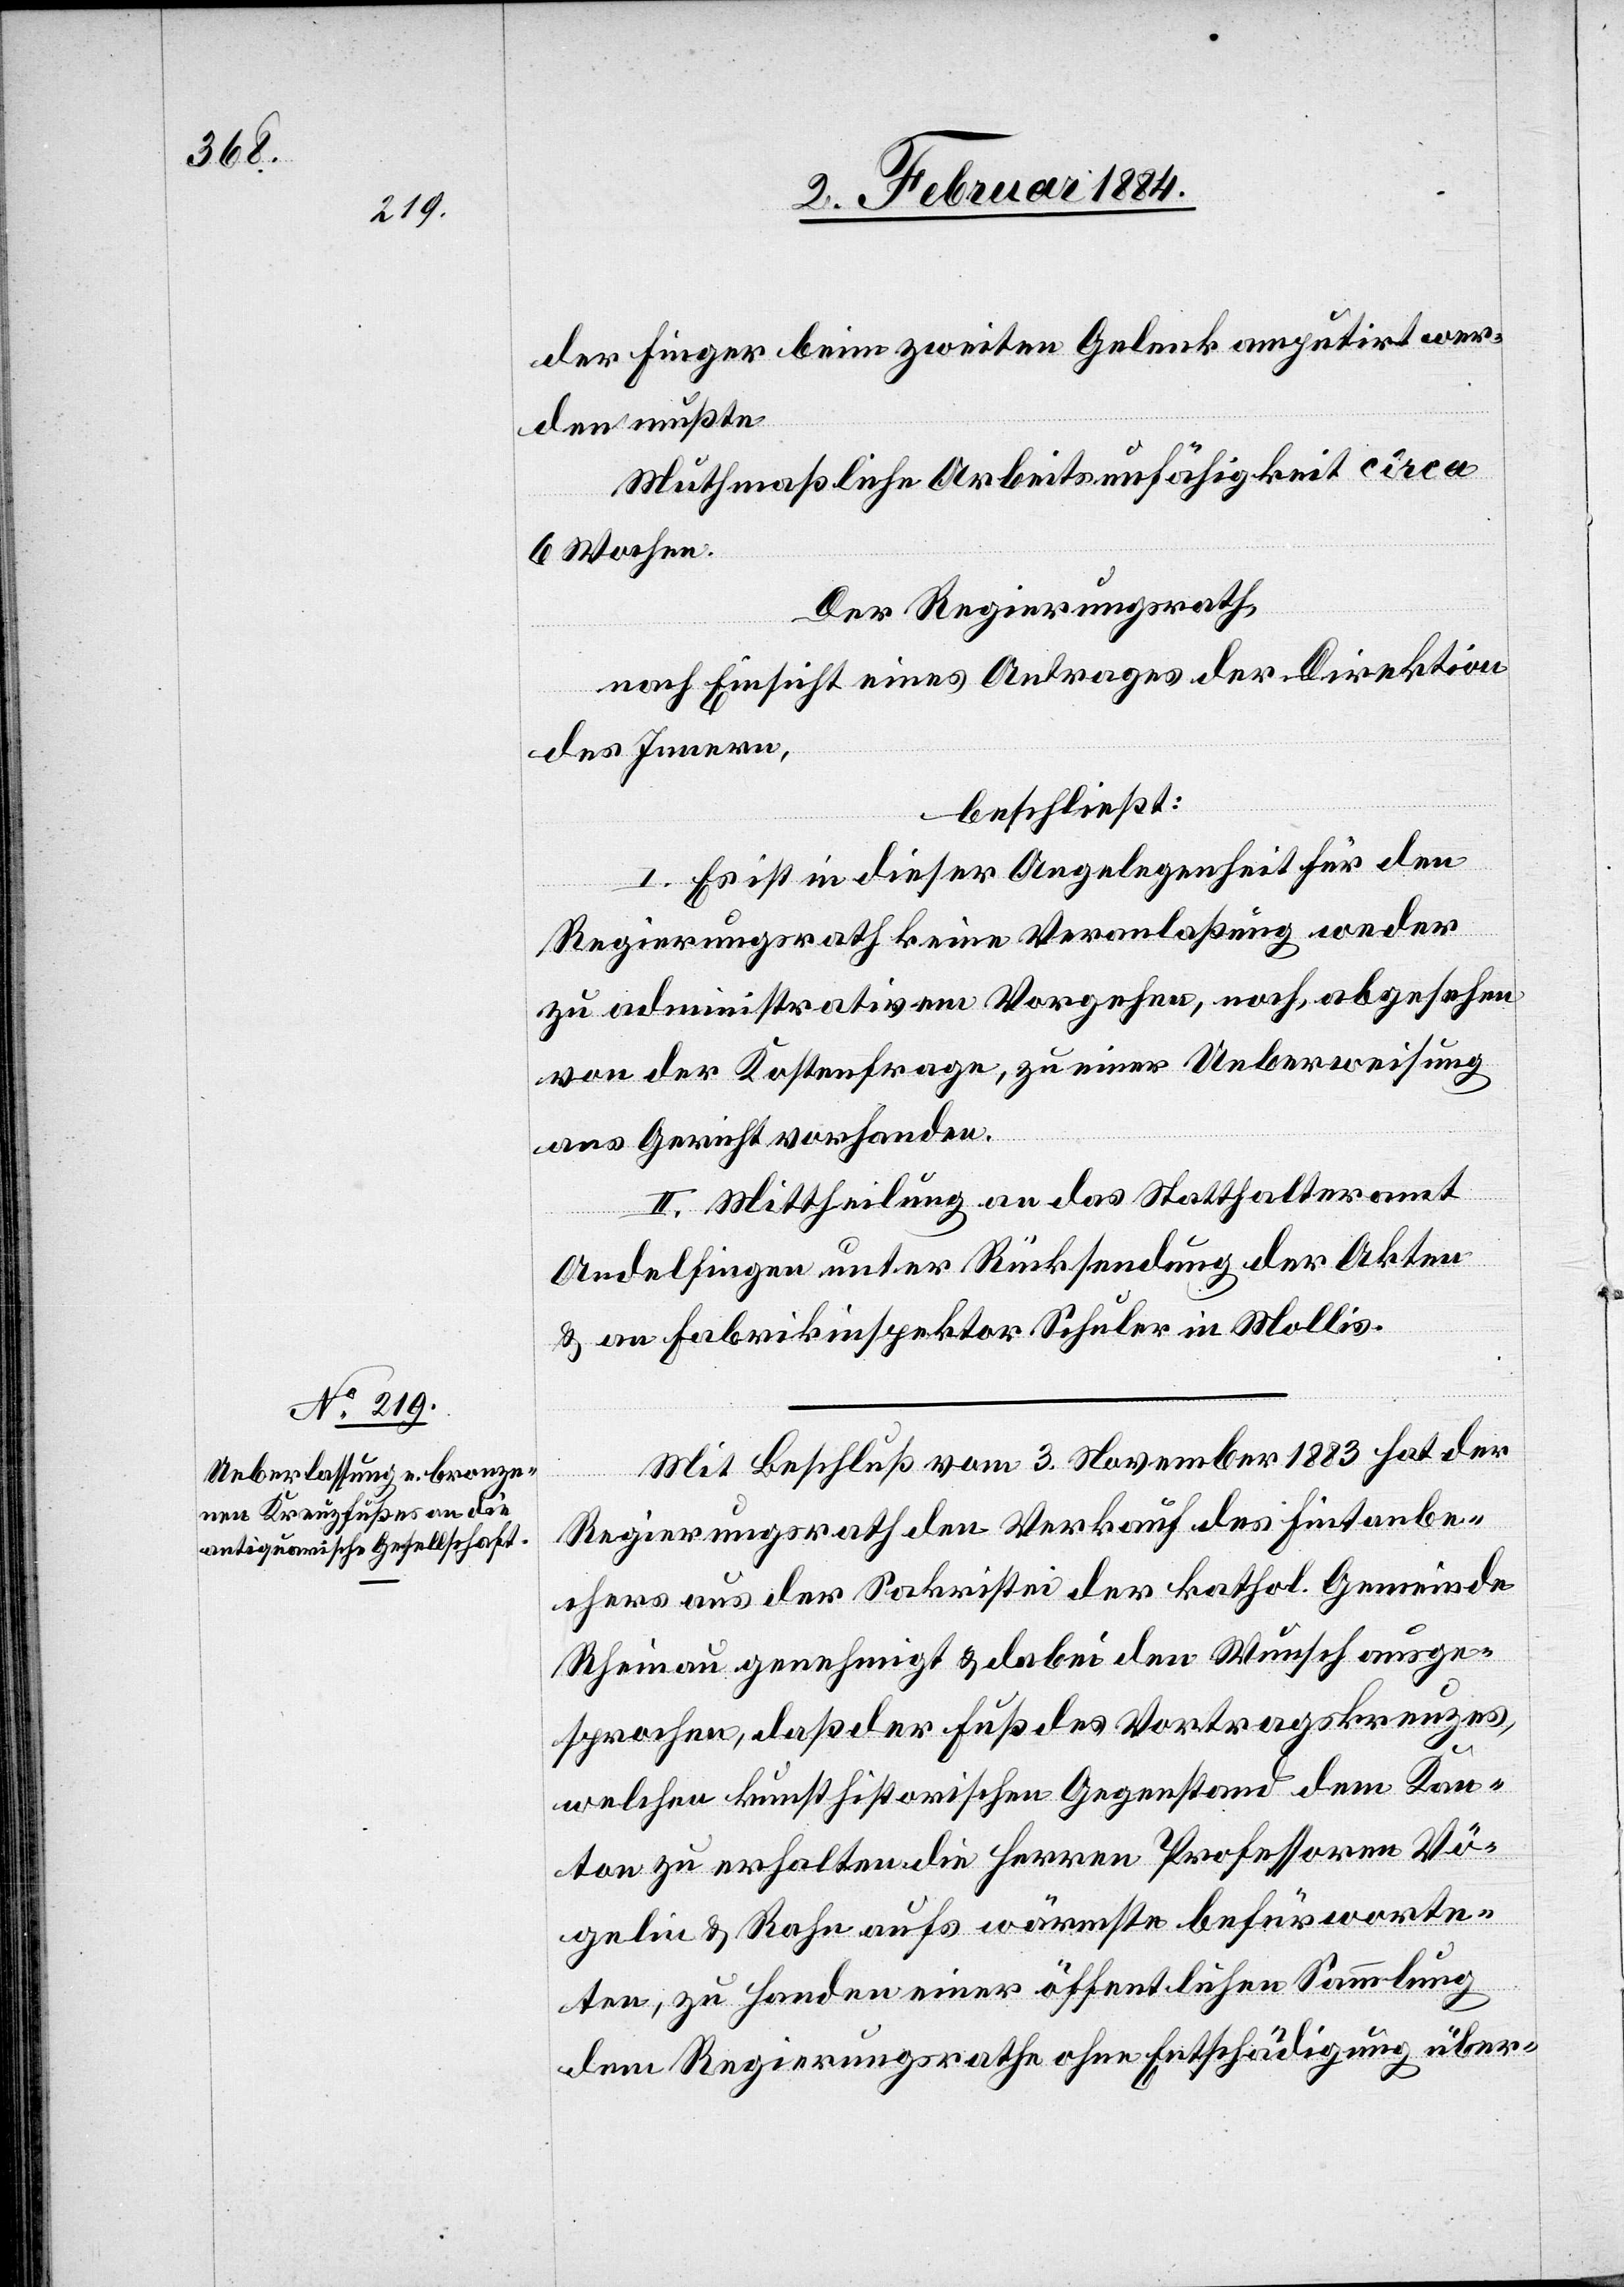
der Finger beim zweiten Gelenk amputirt wer¬
den mußte.
Muthmaßliche Arbeitsunfähigkeit circa
6 Wochen.
Der Regierungsrath,
nach Einsicht eines Antrages der Direktion
des Innern,
beschließt:
I. Es ist in dieser Angelegenheit für den
Regierungsrath keine Veranlaßung weder
zu administrativem Vorgehen, noch, abgesehen
von der Kostenfrage, zu einer Ueberweisung
ans Gericht vorhanden.
II. Mittheilung an das Statthalteramt
Andelfingen unter Rücksendung der Akten
& an Fabrikinspektor Schuler in Mollis.
Mit Beschluß vom 3. November 1883 hat der
Regierungsrath den Verkauf des Fintenbe¬
chers aus der Sakristei der kathol. Gemeinde
Rheinau genehmigt & dabei den Wunsch ausge¬
sprochen, daß der Fuß des Vortragskreuzes,
welchen kunsthistorischer Gegenstand dem Kan¬
ton zu erhalten die Herren Professoren Vö¬
gelin & Rahn aufs wärmste befürworte¬
n, zu Handen einer öffentlichen Sammlung
dem Regierungsrathe ohne Entschädigung über-